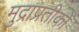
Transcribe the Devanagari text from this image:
मुद्राप्रतीकों